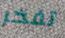
تفخر